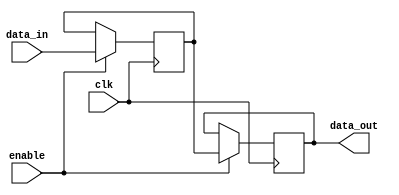
module disable_block (
    input wire clk,                // Clock signal
    input wire enable,             // Control signal to enable or disable the block
    input wire [7:0] data_in,      // Input data
    output reg [7:0] data_out      // Output data
);

// Internal signal to hold the state
reg [7:0] internal_state;

// Always block triggered on the rising edge of the clock
always @(posedge clk) begin
    if (enable) begin
        // Normal operation when enabled
        internal_state <= data_in; // Example logic: simply pass input to internal state
    end else begin
        // Disabled state: do nothing, hold the previous state
        internal_state <= internal_state; // Maintain the current state
    end
end

// Always block to drive the output
always @(posedge clk) begin
    if (enable) begin
        // Output the internal state when enabled
        data_out <= internal_state;
    end else begin
        // When disabled, output holds the last valid state
        data_out <= data_out; // Maintain the current output
    end
end

endmodule